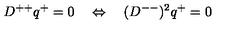
D ^ { + + } q ^ { + } = 0 \quad \Leftrightarrow \quad ( D ^ { -- } ) ^ { 2 } q ^ { + } = 0